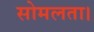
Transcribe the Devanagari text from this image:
सोमलता।